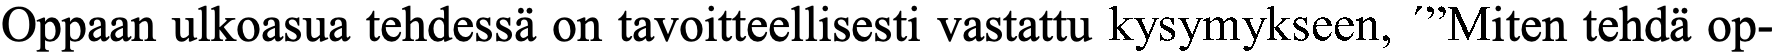
Oppaan ulkoasua tehdessä on tavoitteellisesti vastattu kysymykseen, ´”Miten tehdä op-